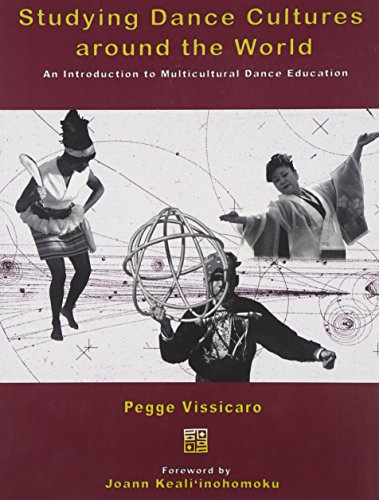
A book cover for Studying Dance Cultures around the World: An Introduction to Multicultural Dance Education; Pegge Vissicaro; Humor & Entertainment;